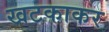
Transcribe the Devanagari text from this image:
खटकाकर